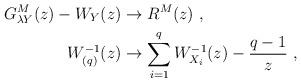
LaTeX: \begin{align*}G^M_{\lambda Y}(z)-W_Y(z)&\to R^M(z)\ ,\\W_{(q)}^{-1}(z)&\to \sum_{i=1}^qW_{X_i}^{-1}(z)-\frac{q-1}{z}\ ,\end{align*}